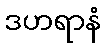
ဒဟရာနံ